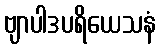
ဗျာပါဒပရိယေသနံ